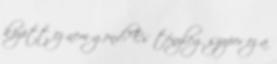
között ez nem gond? És tényleg szuper ez a